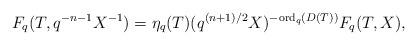
LaTeX: \begin{align*}F_q(T,q^{-n-1}X^{-1})=\eta_q(T)(q^{(n+1)/2}X)^{-{\rm ord}_q(D(T))}F_q(T,X),\end{align*}